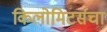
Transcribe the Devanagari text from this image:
किलोमिटर्सचा